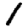
Digit: 1